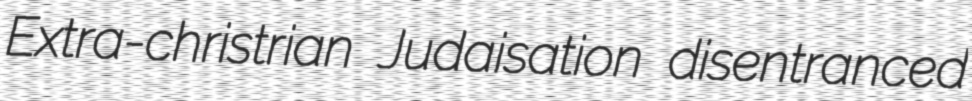
Extra-christrian Judaisation disentranced